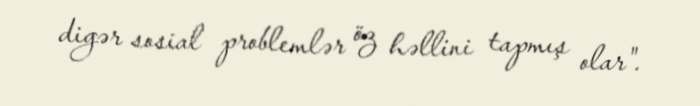
digər sosial problemlər öz həllini tapmış olar".